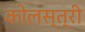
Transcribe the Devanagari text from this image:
कोलस्त्री